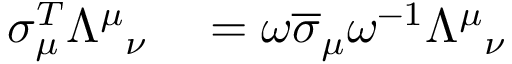
\begin{array} { r l } { \sigma _ { \mu } ^ { T } { \Lambda ^ { \mu } } _ { \nu } } & { { } = \omega { \overline { { \sigma } } } _ { \mu } \omega ^ { - 1 } { \Lambda ^ { \mu } } _ { \nu } } \end{array}